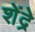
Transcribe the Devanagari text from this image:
शेंद्रे